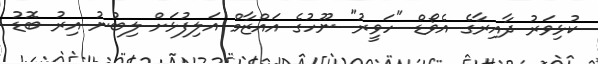
ކުޅިވަރު ދާއިރާގެ އެވޯޑް "ހަވީރު" ނޫހުގެ އައްޒާމް އަލިފުޅަށް ލިބުނު އިރު ބޮޑު